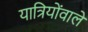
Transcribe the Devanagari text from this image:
यात्रियोंवाले